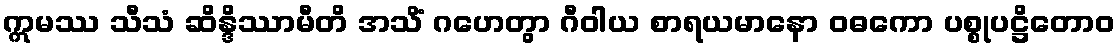
ဣမဿ သီသံ ဆိန္ဒိဿာမီတိ အသိံ ဂဟေတွာ ဂီဝါယ စာရယမာနော ဝဓကော ပစ္စုပဋ္ဌိတောဝ